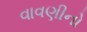
વાવણીનો